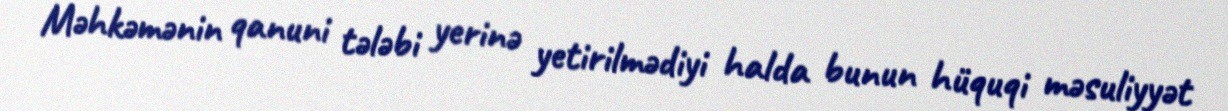
Məhkəmənin qanuni tələbi yerinə yetirilmədiyi halda bunun hüquqi məsuliyyət